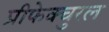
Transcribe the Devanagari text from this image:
प्रीफेक्चुरल